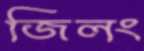
জিলং